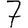
Digit: 7